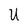
Character: U